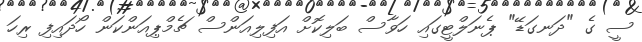
ސީ ގެ "ދަނގަޑޭ" ޕެނަލްޓީގައި ހަވާސް ބަލިކޮށް އަފިލިއަންސް ޗެމްޕިއަންކަން ހޯދައިފި ރިހަ